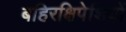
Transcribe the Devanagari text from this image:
बहिरक्षिपेशियों